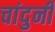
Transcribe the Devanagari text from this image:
चांदुनी